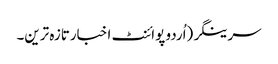
سرینگر(اُردو پوائنٹ اخبارتازہ ترین۔